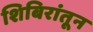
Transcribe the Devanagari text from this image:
शिबिरांतून